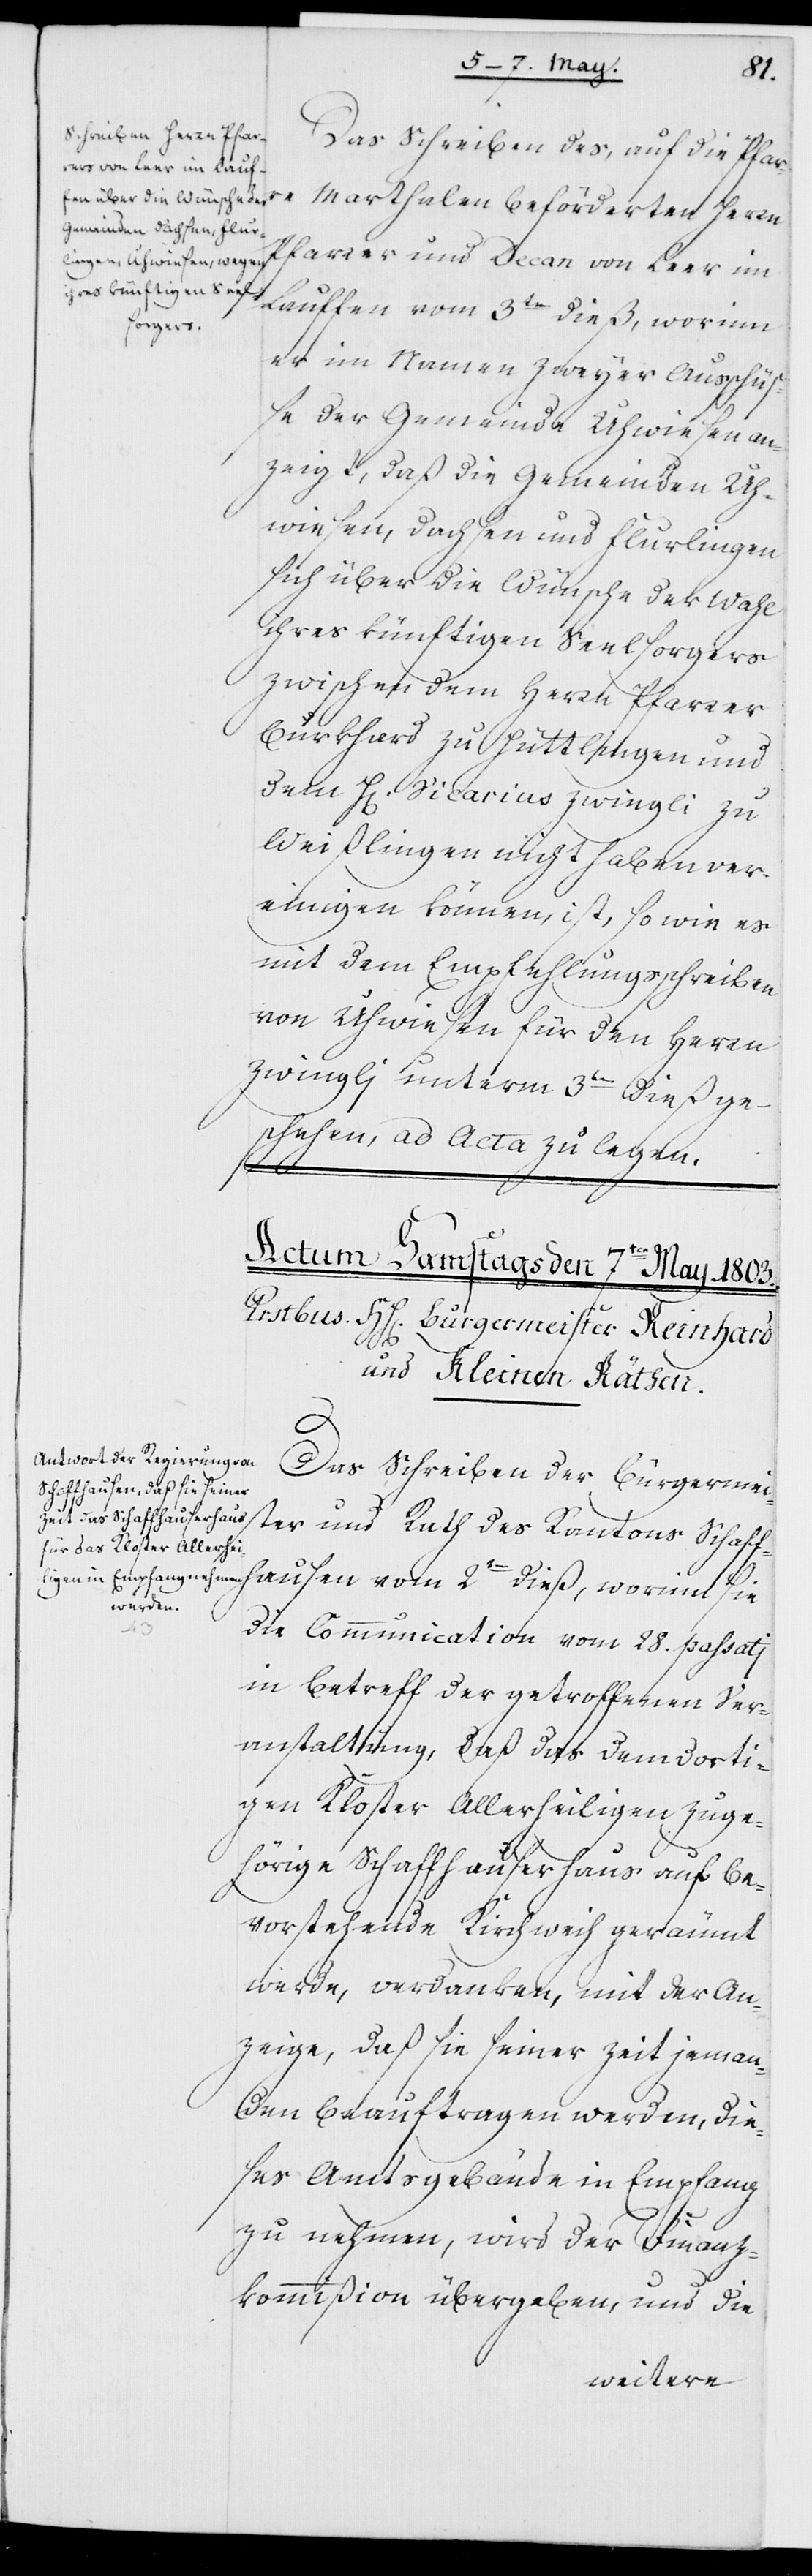
Das Schreiben des, auf die Pfar¬
re Marthalen beförderten Herrn
Pfarrer und Decan von Leer im
hausen vom 2ten dieß, worinn
er im Namen zweyer Ausschüß¬
e der Gemeinde Uhwiesen an¬
zeigt, daß die Gemeinden Uh¬
wiesen, Dachsen und Flurlingen
sich über die Wünsche der Wahl
ihres künftigen Seelsorgers
zwischen dem Herrn Pfarrer
Burkhard zu Hüttlingen und
dem Herrn Vicarius Zwingli zu
Weißlingen nicht haben ver¬
einigen können, ist, so wie es
mit dem Empfehlungsschreiben
von Uhwiesen für den Herrn
Zwinglj unterm 3ten dieß ge¬
schehen, ad Acta zu legen.
Das Schreiben der Burgermeis¬
ter und Rath des Kantons Schaff¬
die Communication vom 28. passatj
in Betreff der getroffenen Ver¬
anstaltung, daß das dem dorti¬
gen Kloster Allerheiligen zuge¬
hörige Schaffhauserhaus auf be¬
vorstehende Kirchweih geräumt
werde, verdanken, mit der An¬
zeige, daß sie seiner Zeit jeman¬
den beauftragen werden, die¬
ses Amtsgebäude in Empfang
zu nehmen, wird der Finanz¬
kommißion übergeben, und die